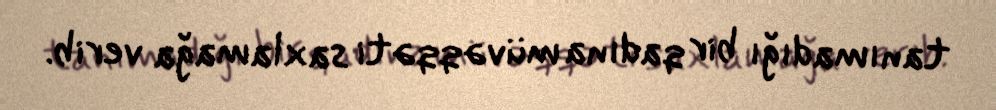
tanımadığı bir qadına müvəqqəti saxlamağa verib.